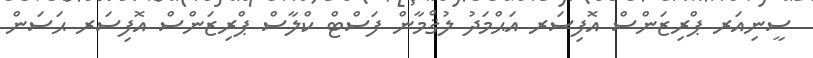
ސީނިއަރ ޕްރިޒަންސް އޮފިސަރ އަޙްމަދު ލުޤްމާން ފަސްޓް ކްލާސް ޕްރިޒަންސް އޮފިސަރ ޙަސަން